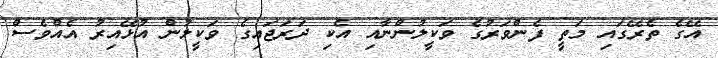
އޭގެ ތެރޭގައި މަތީ ފެންވަރުގެ ވަކީލުންނާއި އެކި ދަރަޖައިގެ ވަކީލުން އުޅޭއިރު އެއްވެސް